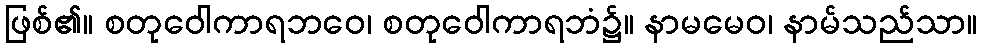
ဖြစ်၏။ စတုဝေါကာရဘဝေ၊ စတုဝေါကာရဘံ၌။ နာမမေဝ၊ နာမ်သည်သာ။